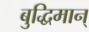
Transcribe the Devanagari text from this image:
बुद्धिमान्‌